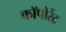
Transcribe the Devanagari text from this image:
कॉपोर्रेट